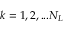
k = 1 , 2 , . . . N _ { L }